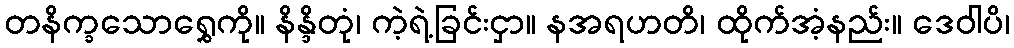
တနိက္ခသောရွှေကို။ နိန္ဒိတုံ၊ ကဲ့ရဲ့ခြင်းငှာ။ နအရဟတိ၊ ထိုက်အံ့နည်း။ ဒေဝါပိ၊